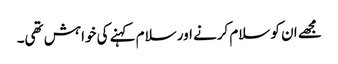
مجھے ان کو سلام کرنے اور سلام کہنے کی خواہش تھی۔